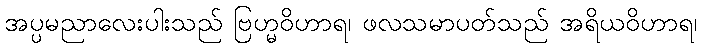
အပ္ပမညာလေးပါးသည် ဗြဟ္မဝိဟာရ၊ ဖလသမာပတ်သည် အရိယဝိဟာရ၊